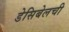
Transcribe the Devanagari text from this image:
डेसिबेलची